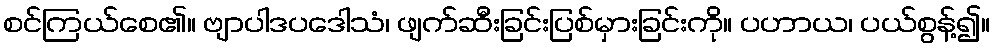
စင်ကြယ်စေ၏။ ဗျာပါဒပဒေါသံ၊ ဖျက်ဆီးခြင်းပြစ်မှားခြင်းကို။ ပဟာယ၊ ပယ်စွန့်၍။